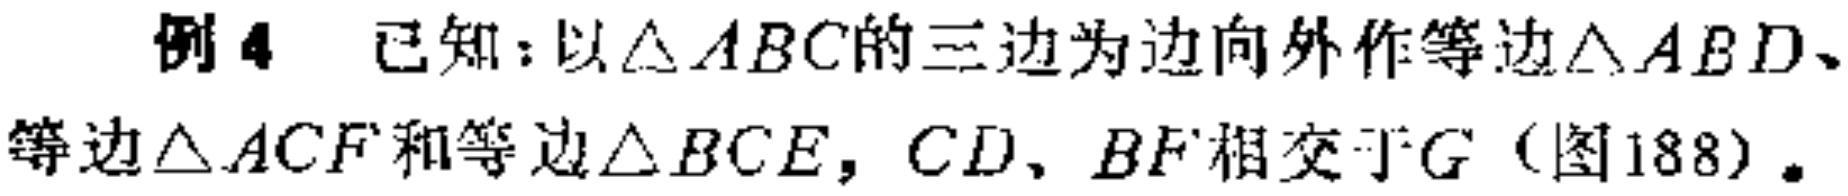
例4 已知：以$\triangle ABC$的三边为边向外作等边$\triangle ABD$、等边$\triangle ACF$和等边$\triangle BCE$，$CD$、$BF$相交于$G$（图188）。